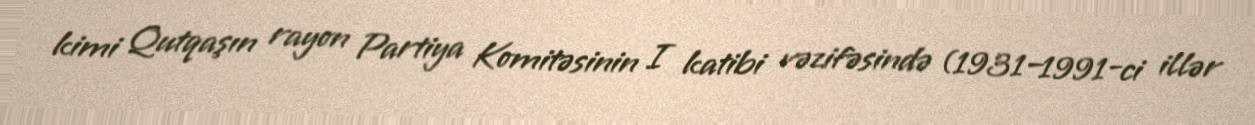
kimi Qutqaşın rayon Partiya Komitəsinin I katibi vəzifəsində (1931–1991-ci illər